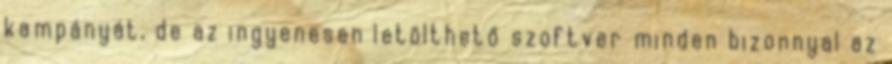
kampányát, de az ingyenesen letölthető szoftver minden bizonnyal az